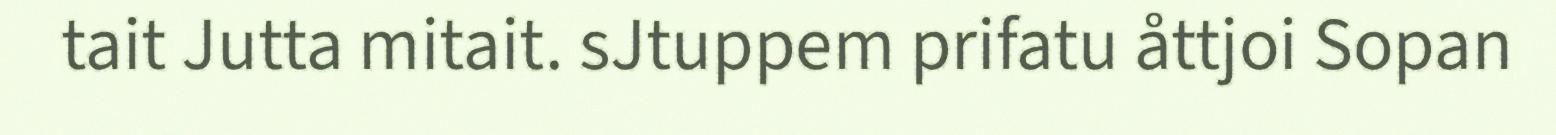
tait Jutta mitait. sJtuppem prifatu åttjoi Sopan